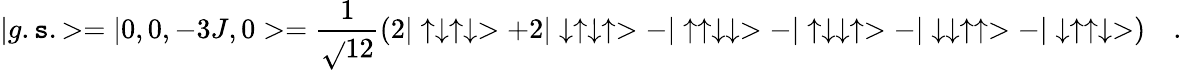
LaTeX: |g.\mathtt{s}.>=|0,0,-3J,0>=\frac{{1}}{{\sqrt{}{{12}}}}(2|\uparrow\downarrow\uparrow\downarrow>+2|\downarrow\uparrow\downarrow\uparrow>-|\uparrow\uparrow\downarrow\downarrow>-|\uparrow\downarrow\downarrow\uparrow>-|\downarrow\downarrow\uparrow\uparrow>-|\downarrow\uparrow\uparrow\downarrow>)\quad.